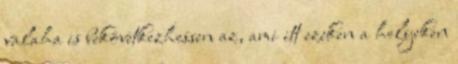
valaha is bekövetkezhessen az, ami itt ezeken a helyeken